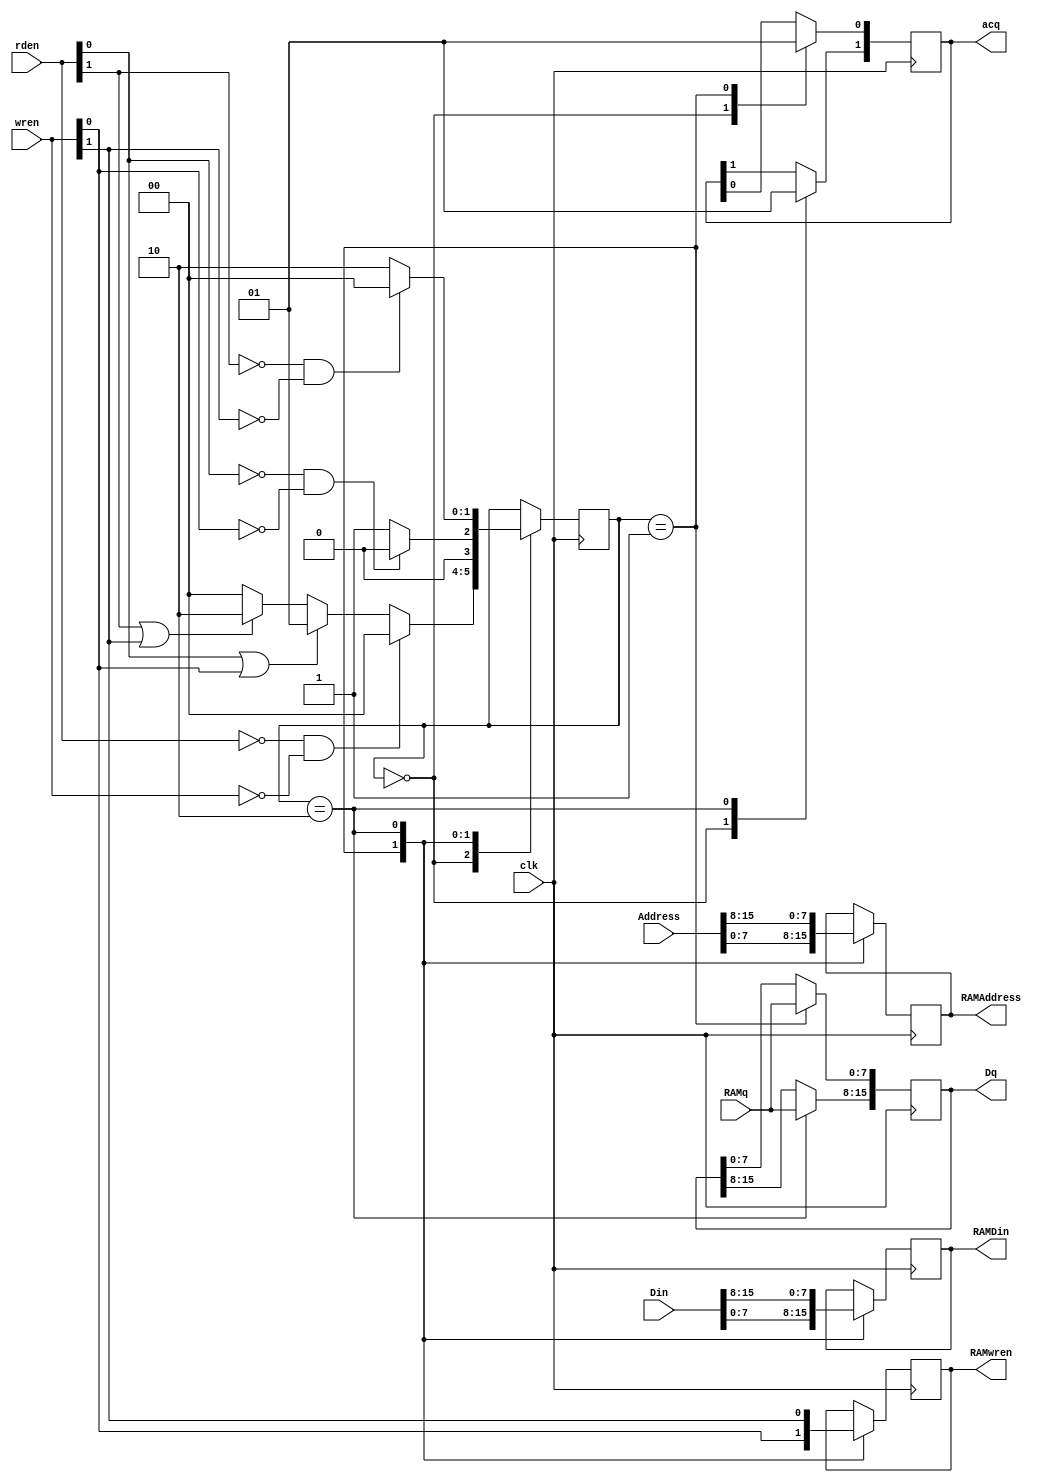
module MemController

#(
	// Parameter Declarations
	parameter ncores = 2
)

(
	// Input Ports
	input [ncores-1:0] rden,wren,
	input wire [15:0] Address,
	input wire [15:0] Din ,
	input [7:0] RAMq,
	input clk,
	

	// Output Ports
	output reg [ncores-1:0] acq,
	output reg [15:0] Dq ,
	output reg [7:0] RAMAddress,
	output reg [7:0] RAMDin,
	output reg RAMwren
);

	// Module Item(s)
	
	reg	[ncores-1:0]	state,next_state;

	// Declare states
	parameter free = 0, ac0 = 1, ac1 = 2;

	

	// Determine the next state
	always @ (negedge clk ) begin
			case (state)
				free:begin
					acq 		<= 0;
					if(rden==0 && wren==0)
						state <= free;
					else
						state <= next_state;
				end		
				ac0:begin
					RAMAddress 	<= Address[7:0];
					RAMDin		<= Din[7:0];
					RAMwren		<= wren[0];
					 Dq[7:0]    <= RAMq;
					acq[0] 		<= 1;
					
					if(rden[0]==0 && wren[0]==0)
						state <= free;
					else
						state <= ac0;
				end
				ac1:begin
					RAMAddress 	<= Address[15:8];
					RAMDin		<= Din[15:8];
					RAMwren		<= wren[1];
					 Dq[15:8]   <= RAMq;
					acq[1] 		<= 1;
					
					if((rden[1]==0) && (wren[1]==0))
						state <= free;
					else
						state <= ac1;
				end						
			endcase
	end

	
	// Output depends only on the state
	always @ (state) begin
		if(rden[0]==1 || wren[0]==1)
			next_state <= ac0;
		else if (rden[1]==1 || wren[1]==1)
			next_state <= ac1;
		else
			next_state <= free;
	end
	
	
	
	
	

endmodule